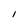
Character: l